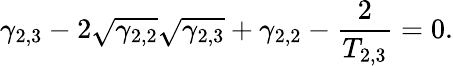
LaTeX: \gamma_{2,3}-2\sqrt{\gamma_{2,2}}\sqrt{\gamma_{2,3}}+\gamma_{2,2}-\frac{2}{T_{2,3}}=0.